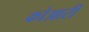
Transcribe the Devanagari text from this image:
कोआरी